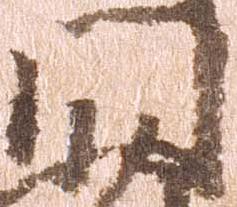
門